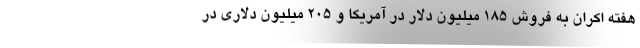
هفته اکران به فروش ۱۸۵ میلیون دلار در آمریکا و ۲۰۵ میلیون دلاری در